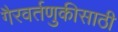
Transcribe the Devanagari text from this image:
गैरवर्तणुकीसाठी